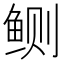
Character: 鲗